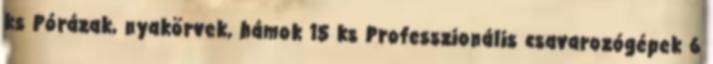
ks Pórázak, nyakörvek, hámok 15 ks Professzionális csavarozógépek 6